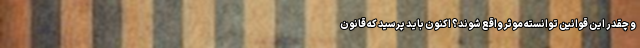
و چقدر این قوانین توانسته موثر واقع شوند؟ اکنون باید پرسید که قانون